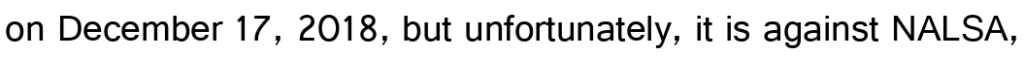
on December 17, 2018, but unfortunately, it is against NALSA,